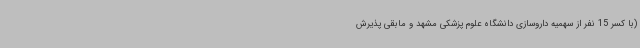
(با کسر 15 نفر از سهمیه داروسازی دانشگاه علوم پزشکی مشهد و مابقی پذیرش